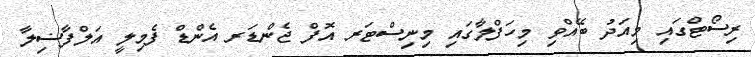
ރިސޯޓްގައި މިއަދު ބޭއްވި މިހަފްލާގައި މިނިސްޓަރ އޮފް ޖެންޑަރ އެންޑް ފެމިލީ އަލްފާޟިލާ